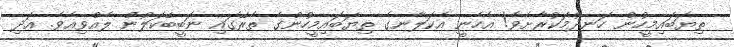
ތިޔަބައިމީހުން ހަނދުމަކުރާށެވެ! އެހެނީ އެކަލާނގެ ތިޔަބައިމީހުންގެ ތެރޭގައި ނަބީބޭކަލުން ލެއްވިއެވެ. އަދި